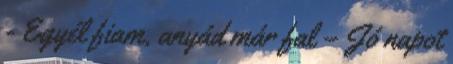
- Egyél fiam, anyád már fal – Jó napot